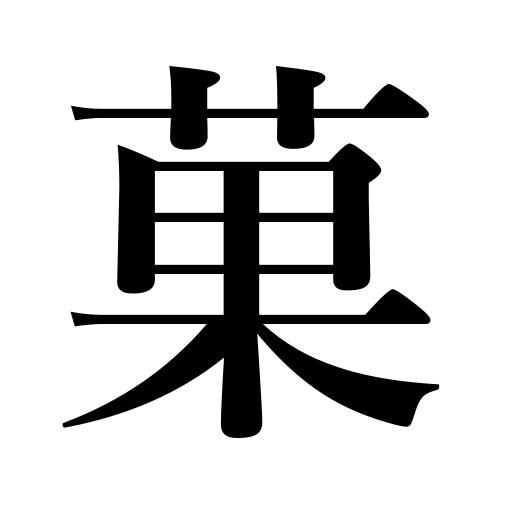
Meanings: fruit,cakes